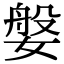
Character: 媻